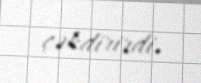
çəkdirirdi.